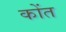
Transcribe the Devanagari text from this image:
कोंत